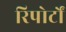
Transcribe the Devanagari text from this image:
रिपोर्टाें